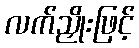
လက်ညှိုးဖြင့်